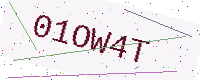
Text: 01OW4T